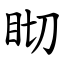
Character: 䀙